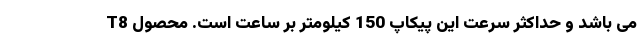
می باشد و حداکثر سرعت این پیکاپ 150 کیلومتر بر ساعت است. محصول T8